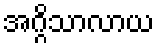
အဂ္ဂိသာလာယ